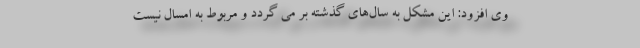
وی افزود: این مشکل به سال‌های گذشته بر می گردد و مربوط به امسال نیست